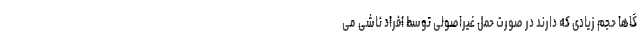
گاها حجم زیادی که دارند در صورت حمل غیراصولی توسط افراد ناشی می­